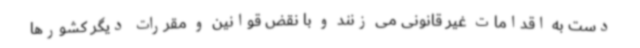
دست به اقدامات غیر قانونی می زنند و با نقض قوانین و مقررات دیگر کشورها